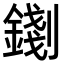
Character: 𨪑